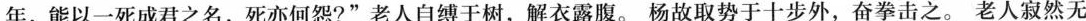
年，能以一死成君之名，死亦何怨?”老人自缚于树，解衣露腹。杨故取势于十步外，奋拳击之。老人寂然无